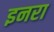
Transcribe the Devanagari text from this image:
इनरा